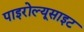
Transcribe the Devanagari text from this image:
पाइरोल्यूसाइट